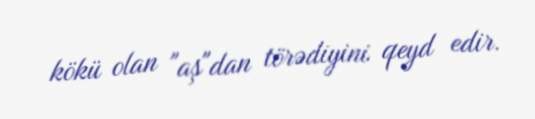
kökü olan "aş"dan törədiyini qeyd edir.